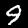
Label: 9